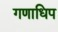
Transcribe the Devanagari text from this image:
गणाधिप